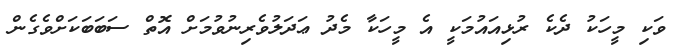
ވަކި މީހަކު ދެކެ ރުޅިއައުމަކީ އެ މީހަކާ މެދު ޢަދަލުވެރިނުވުމަށް އޮތް ސަބަބަކަށްވެގެން